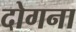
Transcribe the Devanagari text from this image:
दोगना